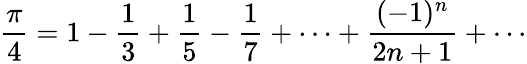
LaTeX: {\frac{\pi}{4}}=1-{\frac{1}{3}}+{\frac{1}{5}}-{\frac{1}{7}}+\cdots+{\frac{(-1)^{n}}{2n+1}}+\cdots